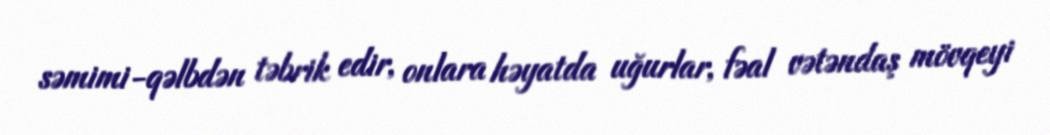
səmimi-qəlbdən təbrik edir, onlara həyatda uğurlar, fəal vətəndaş mövqeyi